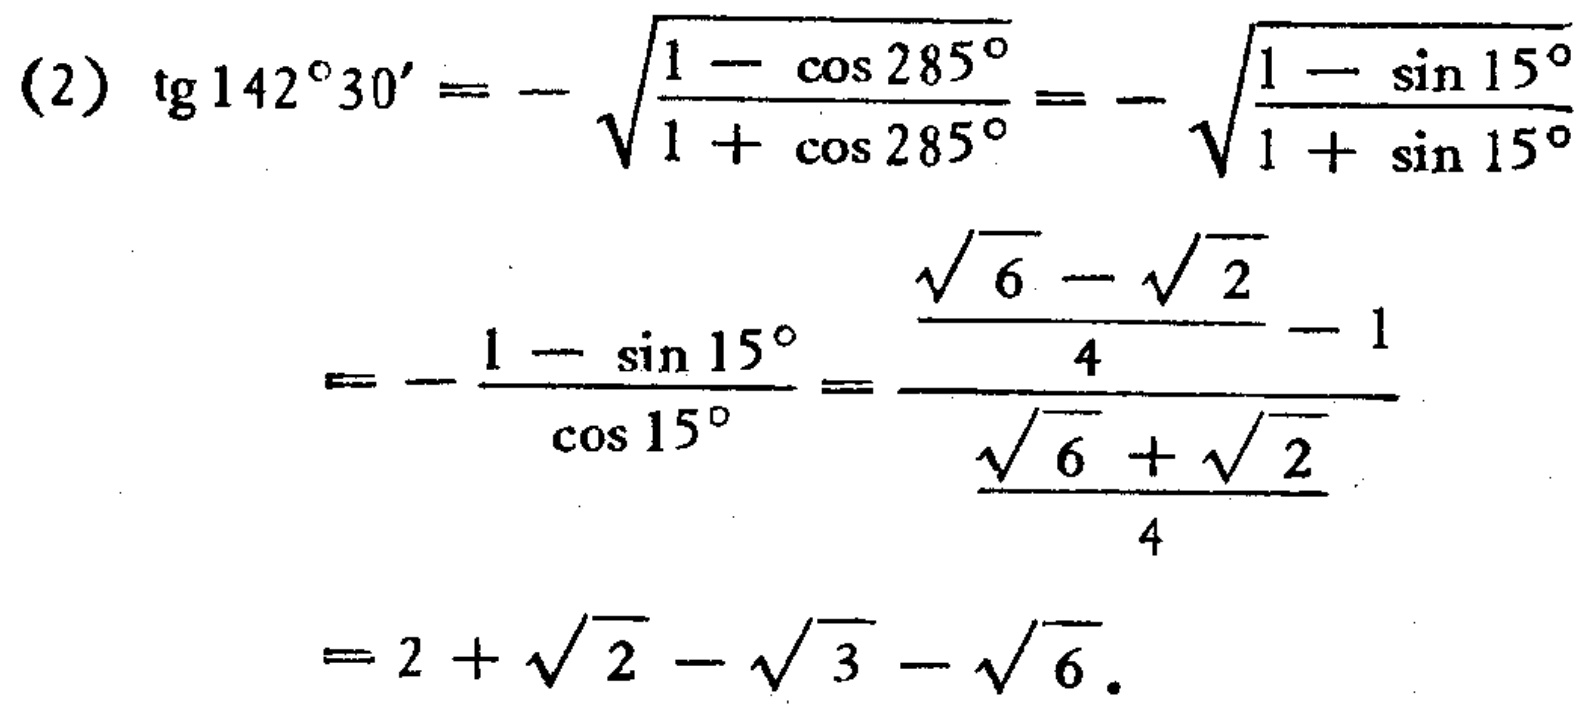
\((2)\) \(\text{tg}142^{\circ}30'=-\sqrt{\frac{1 - \cos285^{\circ}}{1 + \cos285^{\circ}}}=-\sqrt{\frac{1 - \sin15^{\circ}}{1 + \sin15^{\circ}}}\)

\(=-\frac{1 - \sin15^{\circ}}{\cos15^{\circ}}=\frac{\frac{\sqrt{6}-\sqrt{2}}{4}-1}{\frac{\sqrt{6}+\sqrt{2}}{4}}\)

\(=2+\sqrt{2}-\sqrt{3}-\sqrt{6}\)